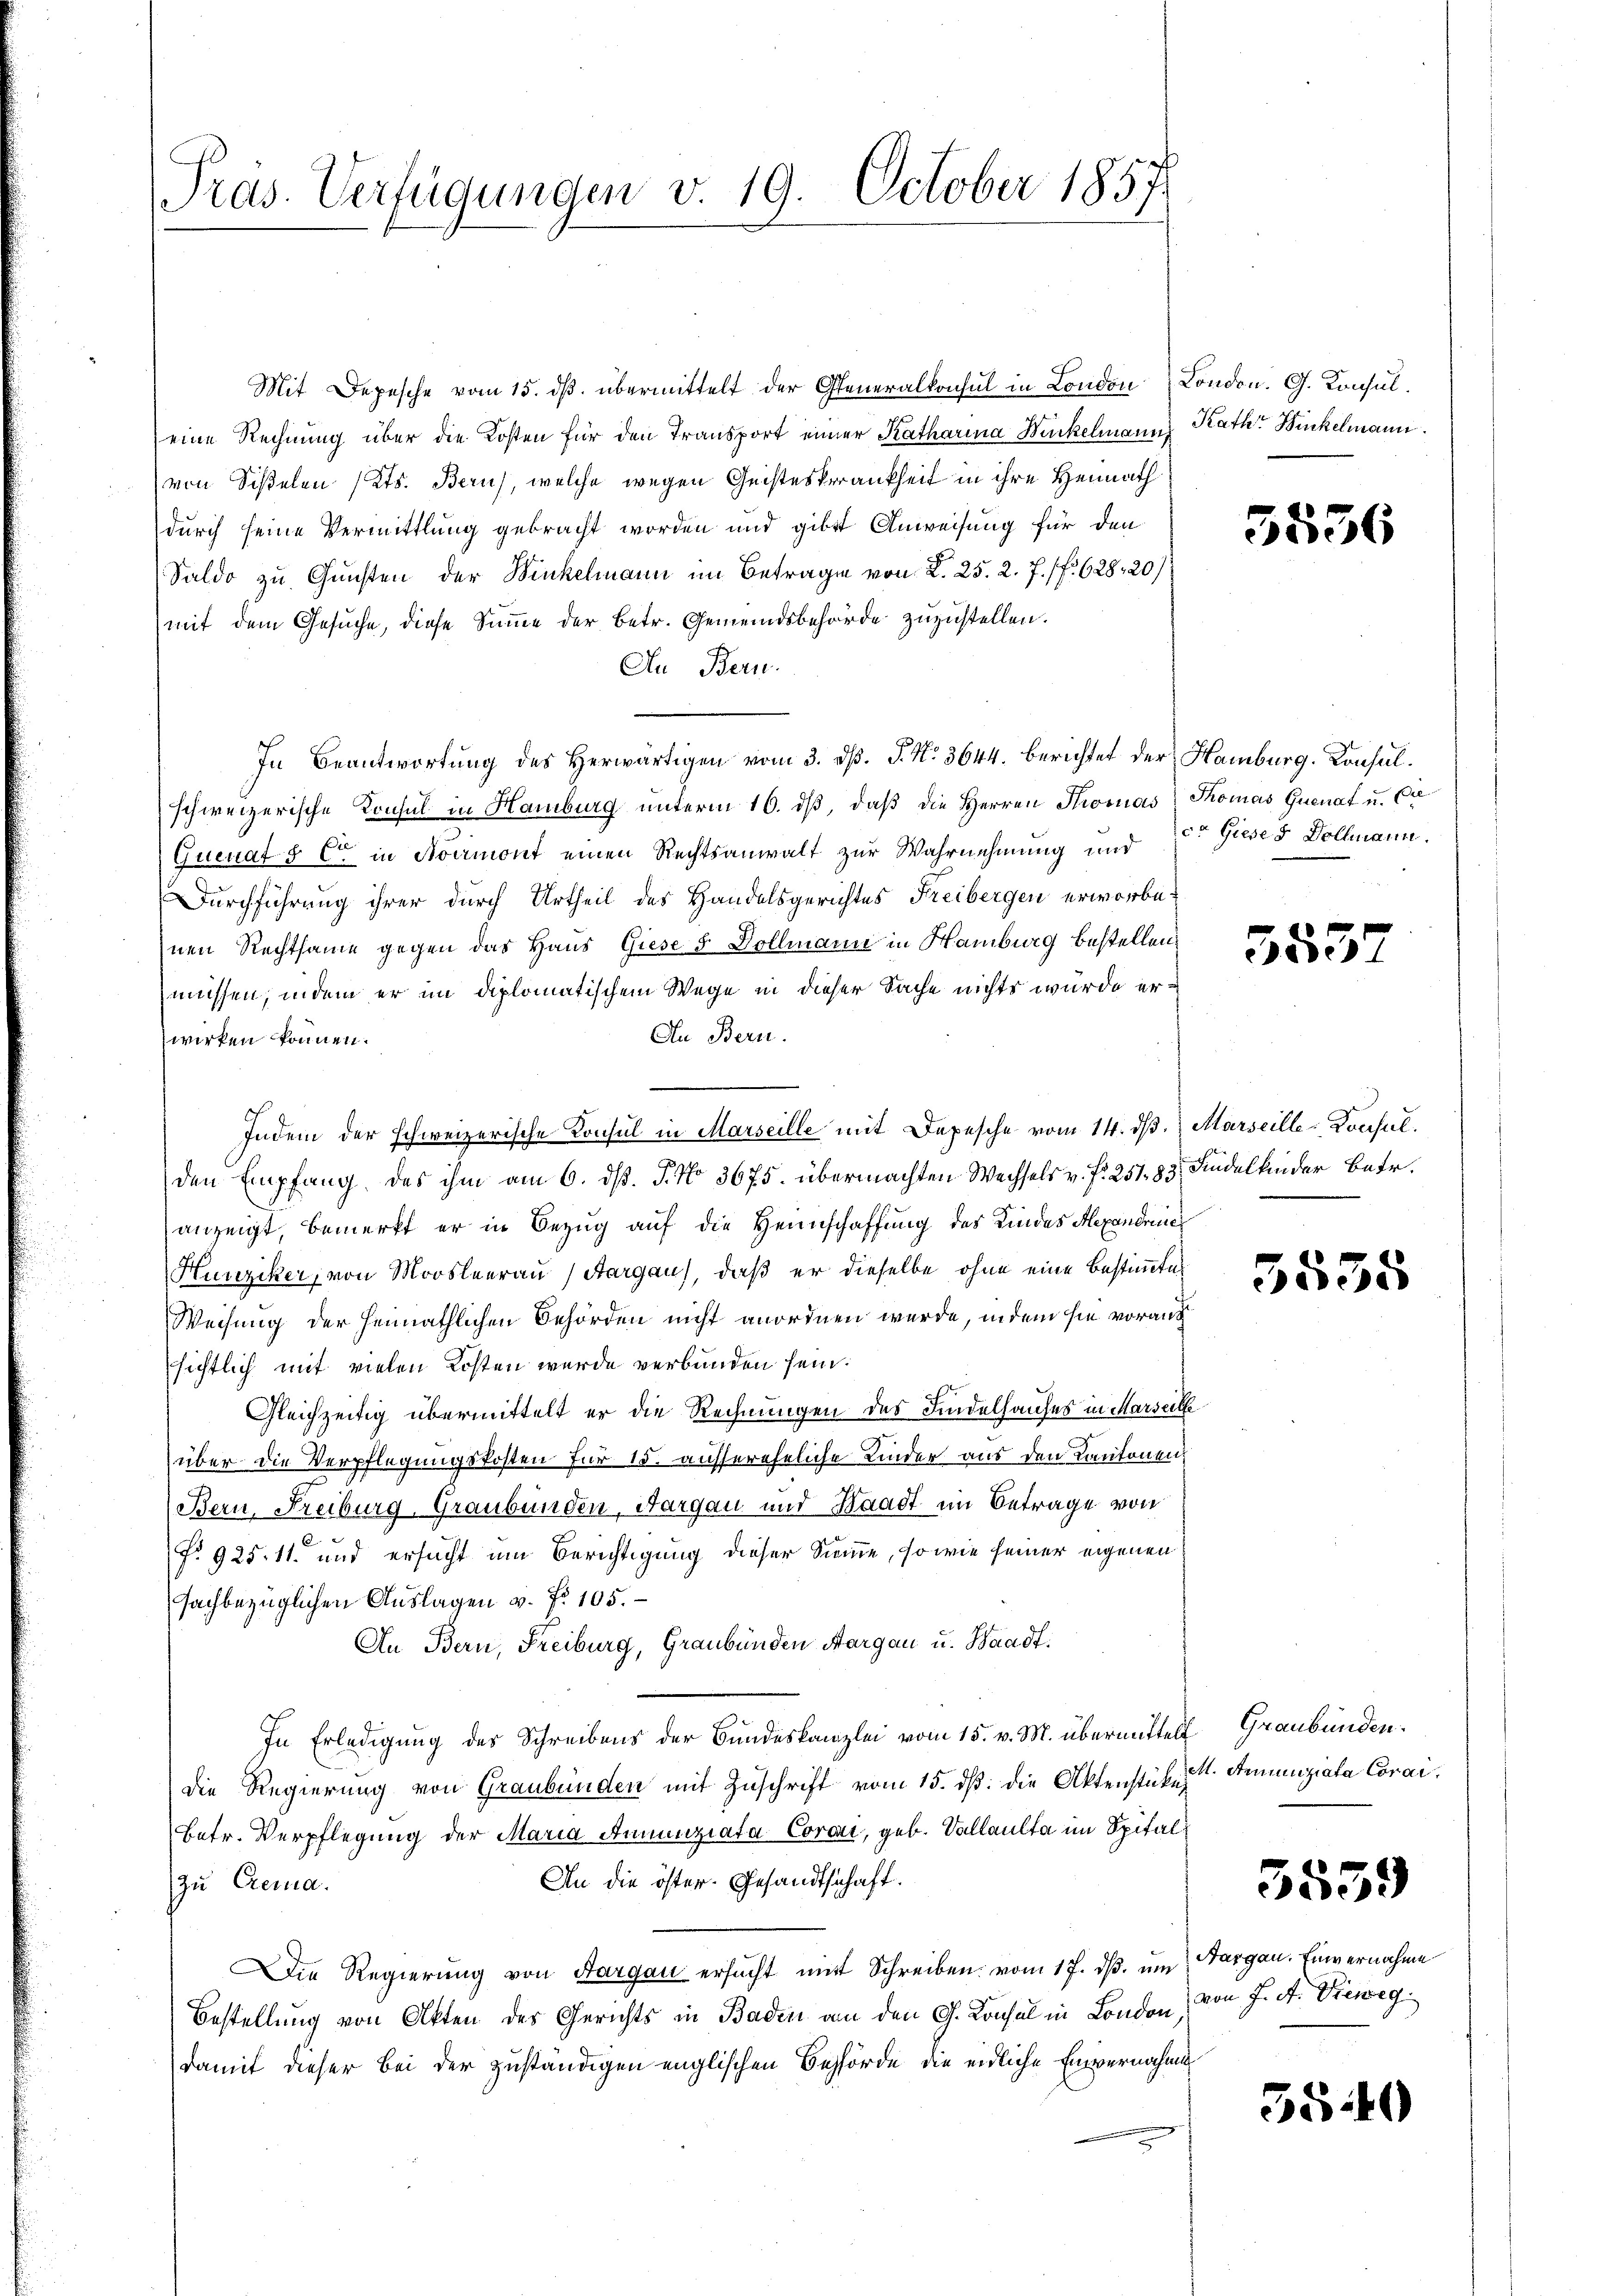
Pras. Verfügungen v. 19. October 1857

Mit Depesche vom 15. ds. übermittelt der Generalkonsul in London London. G. Konsuleine Rechnung über die Kosten für den Transport einer Katharina Winkelmann Rath Wickelmann.
von Siselen (Cts. Bern, welche wegen Geisteskrankheit in ihre Heimath
durch seine Vermittlung gebracht worden und gibt Anweisung für den
Saldo zu Gunsten der Winkelmann im Betragen von L. 25. 2. 7. f. 628, 20)
(mit dem Gesuche, diese Summe der Betr. Gemeindsbehörde zuzustellen.
An Bern.
In Beantwortung des herwärtigen vom 3. dβ. P. Nr. 3644. berichtet der Hamburg. Konsulschweizerische Konsul in Hamburg unterm 16. dβ, daβ die Herren Stromas Thomas Quenat u. Ca
Guenat & Cie in Avermont einen Rechtsanwalt zur Wahrnehmung und 2t Gieses Dollmann.
Durchführung ihrer durch Urtheil des Handelsgerichtes Freibergen erworbenen Rechtsame gegen das Haus Giese 5 Dollmann in Hamburg bestellen,
müssen, indem er im diplomatischem Wege in dieser Sache nichts wurde er¬
An Bern.
wirken können.
Indem der schweizerische Konsul in Marseille mit Depesche vom 14. dβ. Marseille-Konsul
den Empfang des ihm am 6. d. J. No. 3675. übermachten Wechsels v. f. 251. 83 Kindelkinder Betr.
anzeigt, bemerkt er in Bezug auf die Heimschaffung des Kindes Alexandree
Hunziker, von Moosleerau (Aargau), daß er dieselbe ohne eine Bestimmten
Weisung der heimathlichen Behörden nicht anordnen wurde, indem sie vorauf
sichtlich mit vielen Kosten wurde verbunden sein.
Gleichzeitig übermittelt er die Rechnungen des Kindelhauses in Marsel
über die Verpflegungskosten für 15. aussereheliche Kinder aus den Kantonen,
Bern, Freiburg, Graubünden, Aargau und Waadt im Betrage von
No 925. 11. und ersucht um Berichtigung dieser Semme, so wie seiner eigenen
fachbezüglichen Auslagen v. fr. 105.
An Bern, Freiburg, Graubünden Aargau u. Waadt.
In Erledigung des Schreibens der Bundeskanzlei vom 15. v. M. übermittelt Graubünden.
die Regierung von Graubünden mit Zuschrift vom 15. ds. die Aktenstücke
betr. Verpflegung der Maria Annunziata Coran, geb. Vallaulta im Spital¬
An die öster- Gesandtschaft.
zu Crema.
Die Regierung von Aargau ersucht mit Schreiben vom 17. ds. um
Bestellung von Akten des Gerichts in Baden an den G. Konsul in London,
damit dieser Bei der zuständigen englischen Behörde die eidliche Einvernachmi

5536

5537

.

5555

M. Arnunziata Corai¬

3559

Aargau. Einvernahme
von J. A. Dieweg

3540